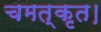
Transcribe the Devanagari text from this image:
चमत्कृत।